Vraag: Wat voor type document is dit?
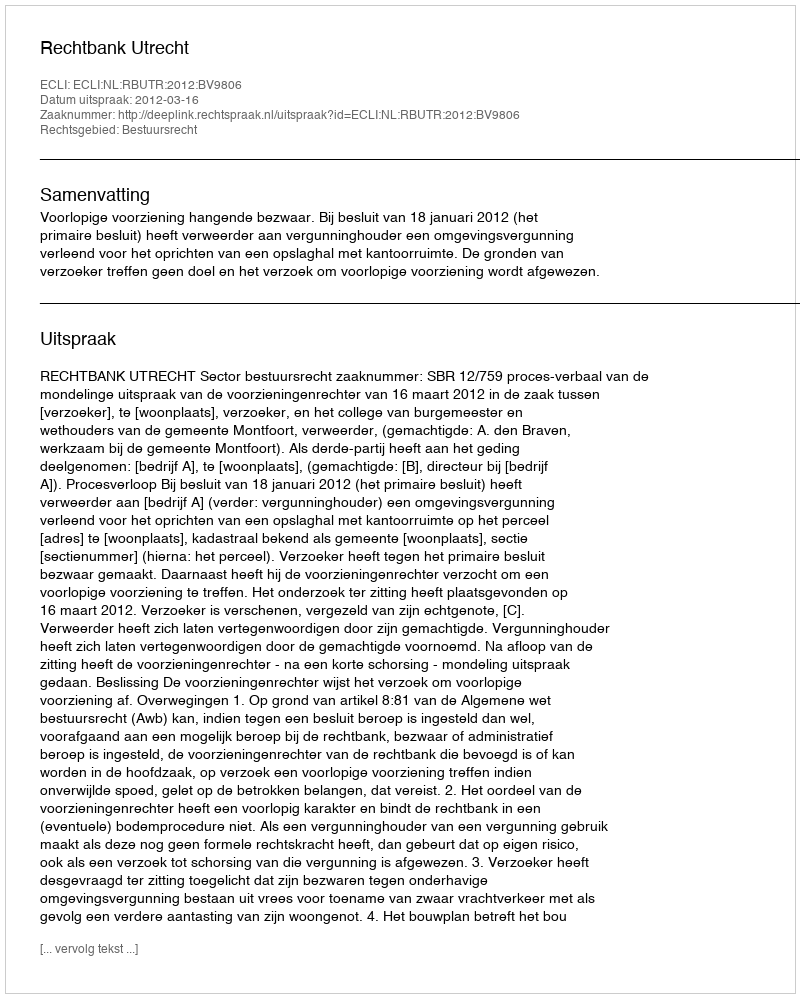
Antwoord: Uitspraak